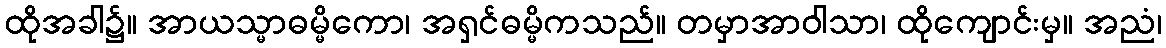
ထိုအခါ၌။ အာယသ္မာဓမ္မိကော၊ အရှင်ဓမ္မိကသည်။ တမှာအာဝါသာ၊ ထိုကျောင်းမှ။ အညံ၊